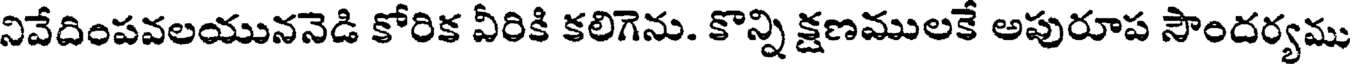
నివేదింపవలయుననెడి కోరిక వీరికి కలిగెను. కొన్ని క్షణములకే అపురూప సౌందర్యము